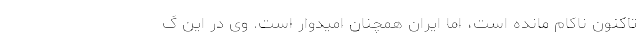
تاکنون ناکام مانده است، اما ایران همچنان امیدوار است. وی در این گ